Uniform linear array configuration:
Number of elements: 48
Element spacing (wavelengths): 1
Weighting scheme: uniform
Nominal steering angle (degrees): -30
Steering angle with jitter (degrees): -29.756
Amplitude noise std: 0.05
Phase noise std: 0.05

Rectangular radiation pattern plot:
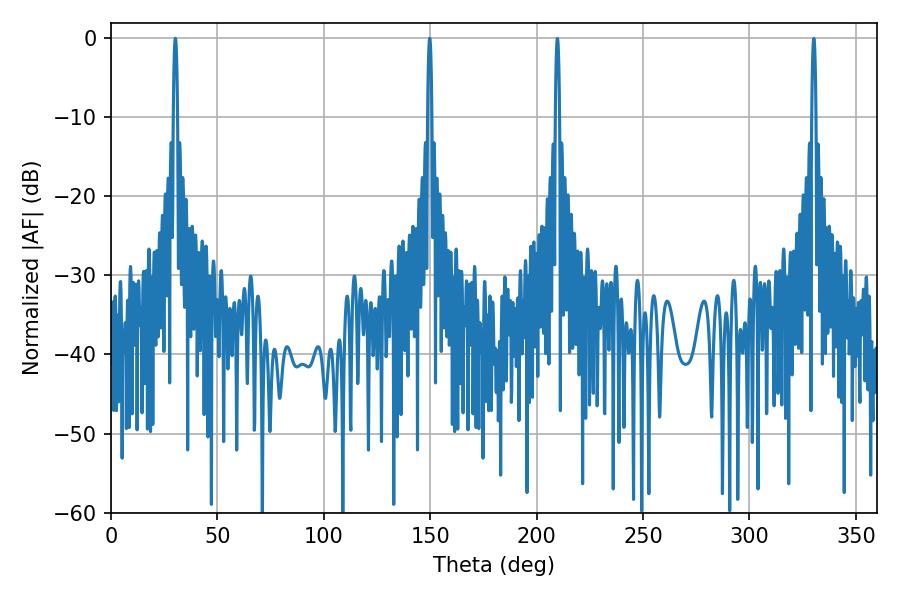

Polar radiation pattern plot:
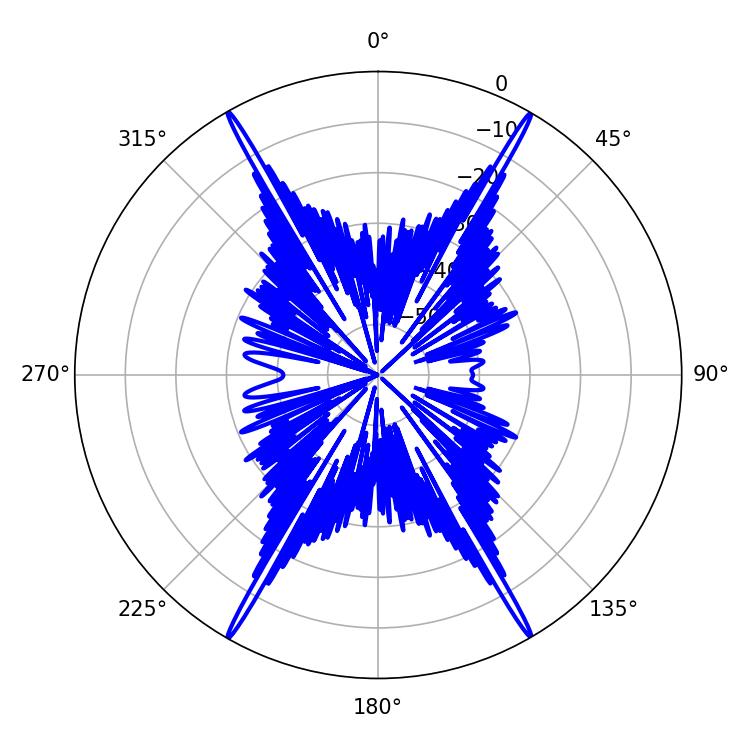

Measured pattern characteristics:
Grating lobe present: TRUE
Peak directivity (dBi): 36.892
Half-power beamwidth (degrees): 1.08
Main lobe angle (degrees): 30.24